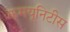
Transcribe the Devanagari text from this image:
कमयूनिटीस